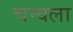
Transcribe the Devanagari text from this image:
चन्वला